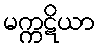
မက္ကဋိယာ